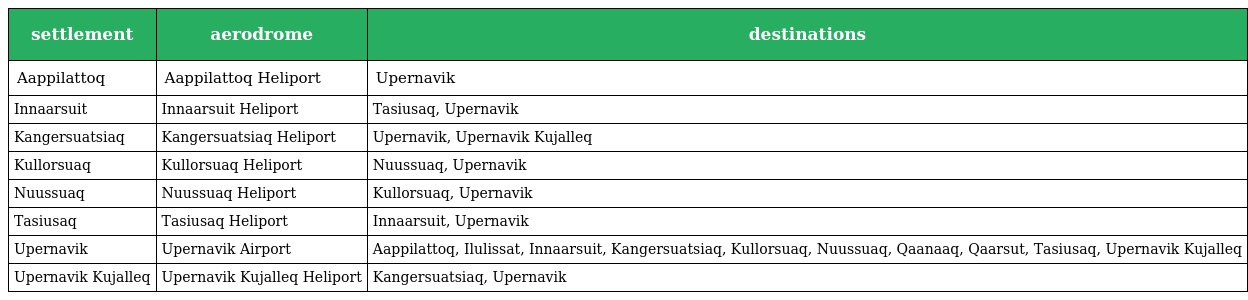
| settlement | aerodrome | destinations |
 | --- | --- | --- |
 | Aappilattoq | Aappilattoq Heliport | Upernavik |
 | Innaarsuit | Innaarsuit Heliport | Tasiusaq, Upernavik |
 | Kangersuatsiaq | Kangersuatsiaq Heliport | Upernavik, Upernavik Kujalleq |
 | Kullorsuaq | Kullorsuaq Heliport | Nuussuaq, Upernavik |
 | Nuussuaq | Nuussuaq Heliport | Kullorsuaq, Upernavik |
 | Tasiusaq | Tasiusaq Heliport | Innaarsuit, Upernavik |
 | Upernavik | Upernavik Airport | Aappilattoq, Ilulissat, Innaarsuit, Kangersuatsiaq, Kullorsuaq, Nuussuaq, Qaanaaq, Qaarsut, Tasiusaq, Upernavik Kujalleq |
 | Upernavik Kujalleq | Upernavik Kujalleq Heliport | Kangersuatsiaq, Upernavik |